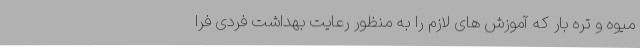
میوه و تره بار که آموزش های لازم را به منظور رعایت بهداشت فردی فرا